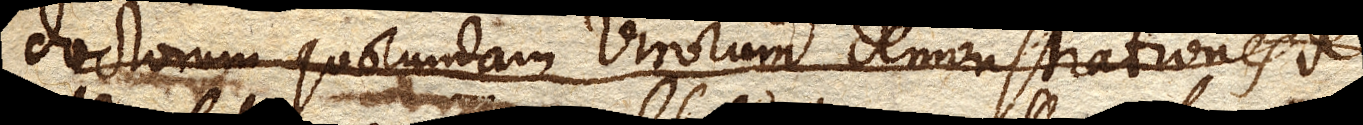
doctorum quorundam Virorum demonstrationes de